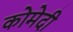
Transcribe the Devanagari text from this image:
कोमेदी